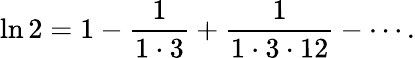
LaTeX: \ln 2=1-{\frac{1}{1\cdot 3}}+{\frac{1}{1\cdot 3\cdot 12}}-\cdots.